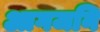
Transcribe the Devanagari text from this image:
आगजनि